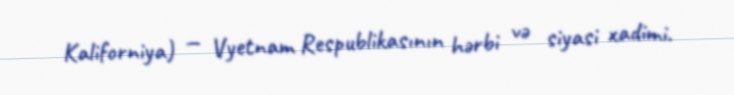
Kaliforniya) — Vyetnam Respublikasının hərbi və siyasi xadimi.